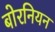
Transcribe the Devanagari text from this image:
बोरनियन